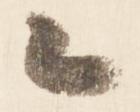
候